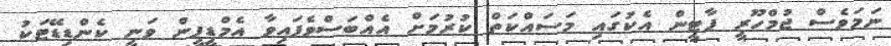
ނަމަވެސް ޖުމްހޫރީ ޕާޓީން އެކުގައި މަސައްކަތް ކުރުމަށް އެއްބަސްވެފައިވާ އެމްޑީޕީން ވަނީ ކެންޑިޑޭޓަކު